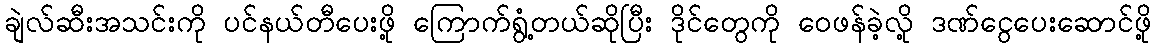
ချဲလ်ဆီးအသင်းကို ပင်နယ်တီပေးဖို့ ကြောက်ရွံ့တယ်ဆိုပြီး ဒိုင်တွေကို ဝေဖန်ခဲ့လို့ ဒဏ်ငွေပေးဆောင်ဖို့